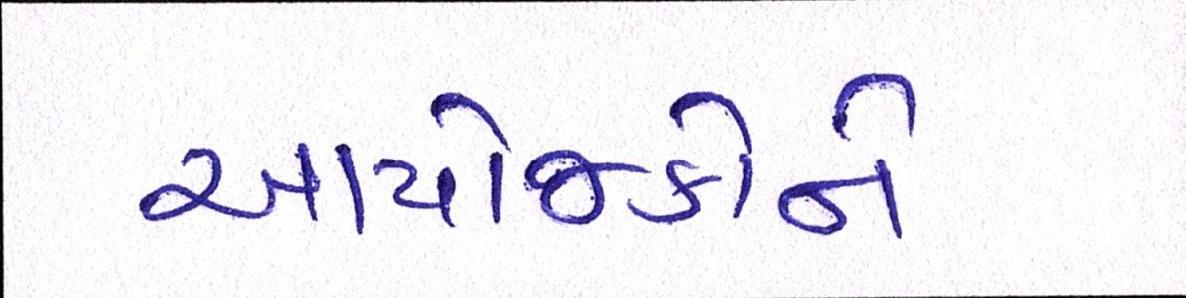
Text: આયોજકોને